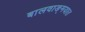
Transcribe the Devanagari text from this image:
बालवाङ्‌मयात